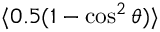
\langle 0 . 5 ( 1 - \cos ^ { 2 } \theta ) \rangle